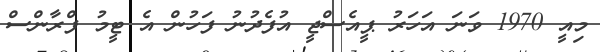
މިއީ 1970 ވަނަ އަހަރު ޕީއެސްޖީ އުފެދުނު ފަހުން އެ ޓީމު ފްރާންސް